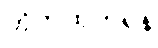
တိုက်ထုတ်ရန်